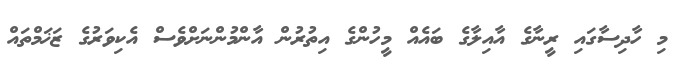
މި ހާދިސާގައި ރީނާގެ އާއިލާގެ ބައެއް މީހުންގެ އިތުރުން އާންމުންނަށްވެސް އެކިވަރުގެ ޒަޚަމްތައް